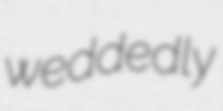
weddedly